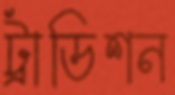
ট্রাডিশন